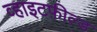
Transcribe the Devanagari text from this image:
व्हाइटफ़ील्ड